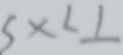
5 x < 1